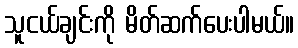
သူငယ်ချင်းကို မိတ်ဆက်ပေးပါမယ်။